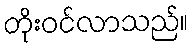
တိုးဝင်လာသည်။